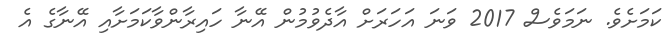
ކަމަށެވެ. ނަމަވެސް 2017 ވަނަ އަހަރަށް އާދެވުމުން އޭނާ ހައިރާންވާކަމަށާއި އޭނާގެ އެ